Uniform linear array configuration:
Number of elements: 64
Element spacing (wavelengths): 1
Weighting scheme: uniform
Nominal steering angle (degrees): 45
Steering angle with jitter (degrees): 45.866
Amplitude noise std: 0.05
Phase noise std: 0.05

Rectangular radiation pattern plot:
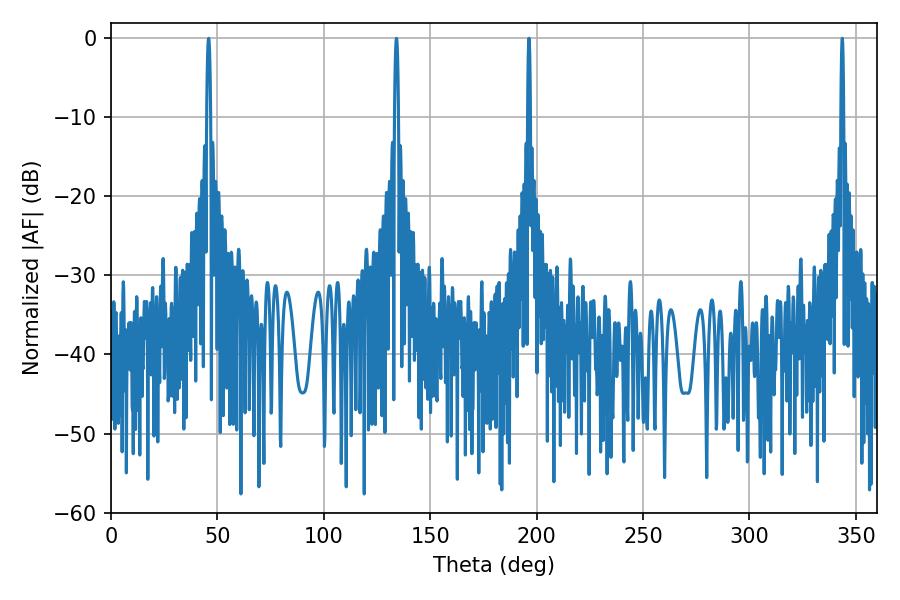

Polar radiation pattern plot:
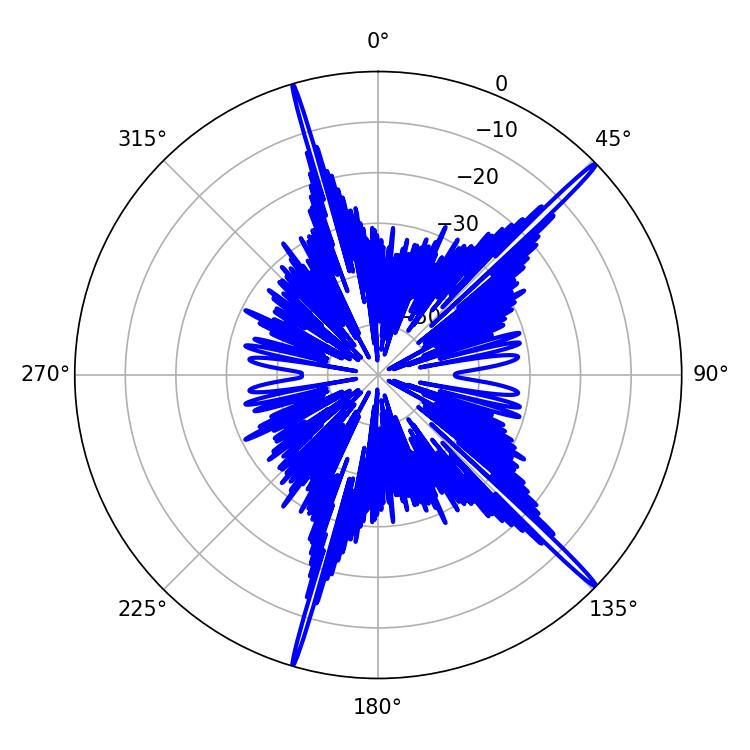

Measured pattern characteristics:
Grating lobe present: TRUE
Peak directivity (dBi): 19.4
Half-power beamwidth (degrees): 0.72
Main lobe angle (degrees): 196.38